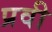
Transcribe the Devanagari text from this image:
प्रवी